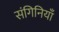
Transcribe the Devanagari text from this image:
संगिनियाँ